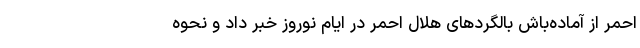
احمر از آماده‌باش بالگردهای هلال احمر در ایام نوروز خبر داد و نحوه